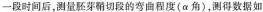
时间后，测量胚芽鞘切段的弯曲程度(\alpha 角)，测得数据如